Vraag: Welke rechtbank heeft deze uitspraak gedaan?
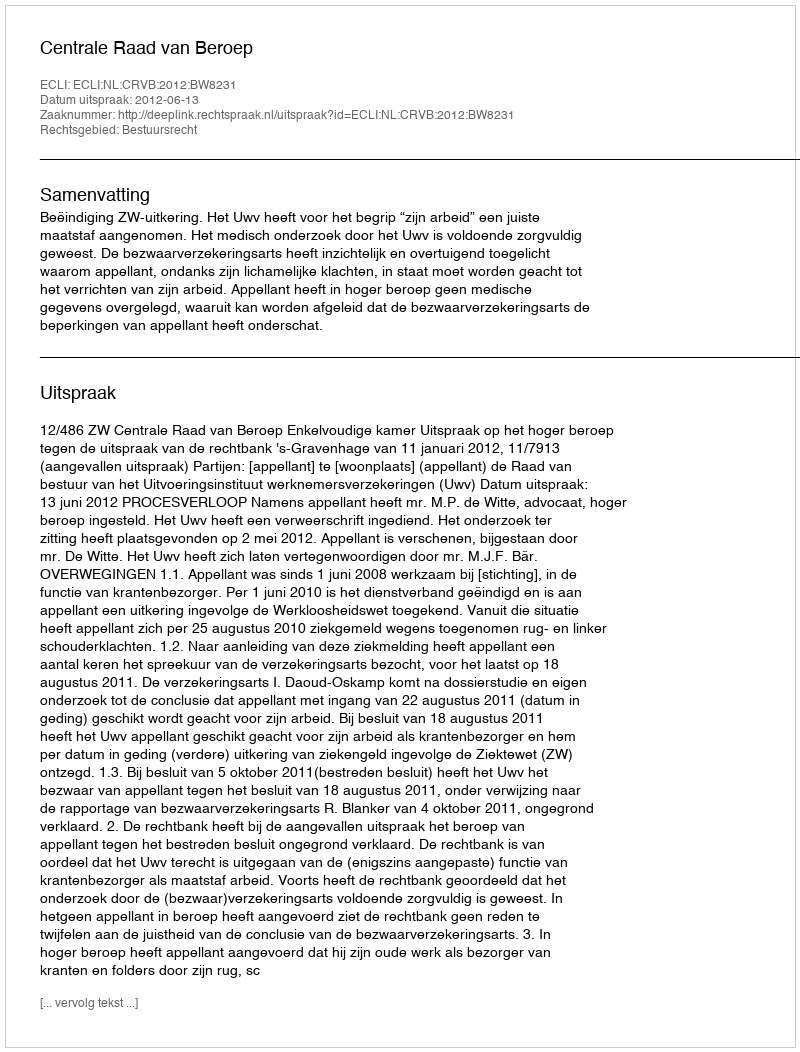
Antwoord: Centrale Raad van Beroep